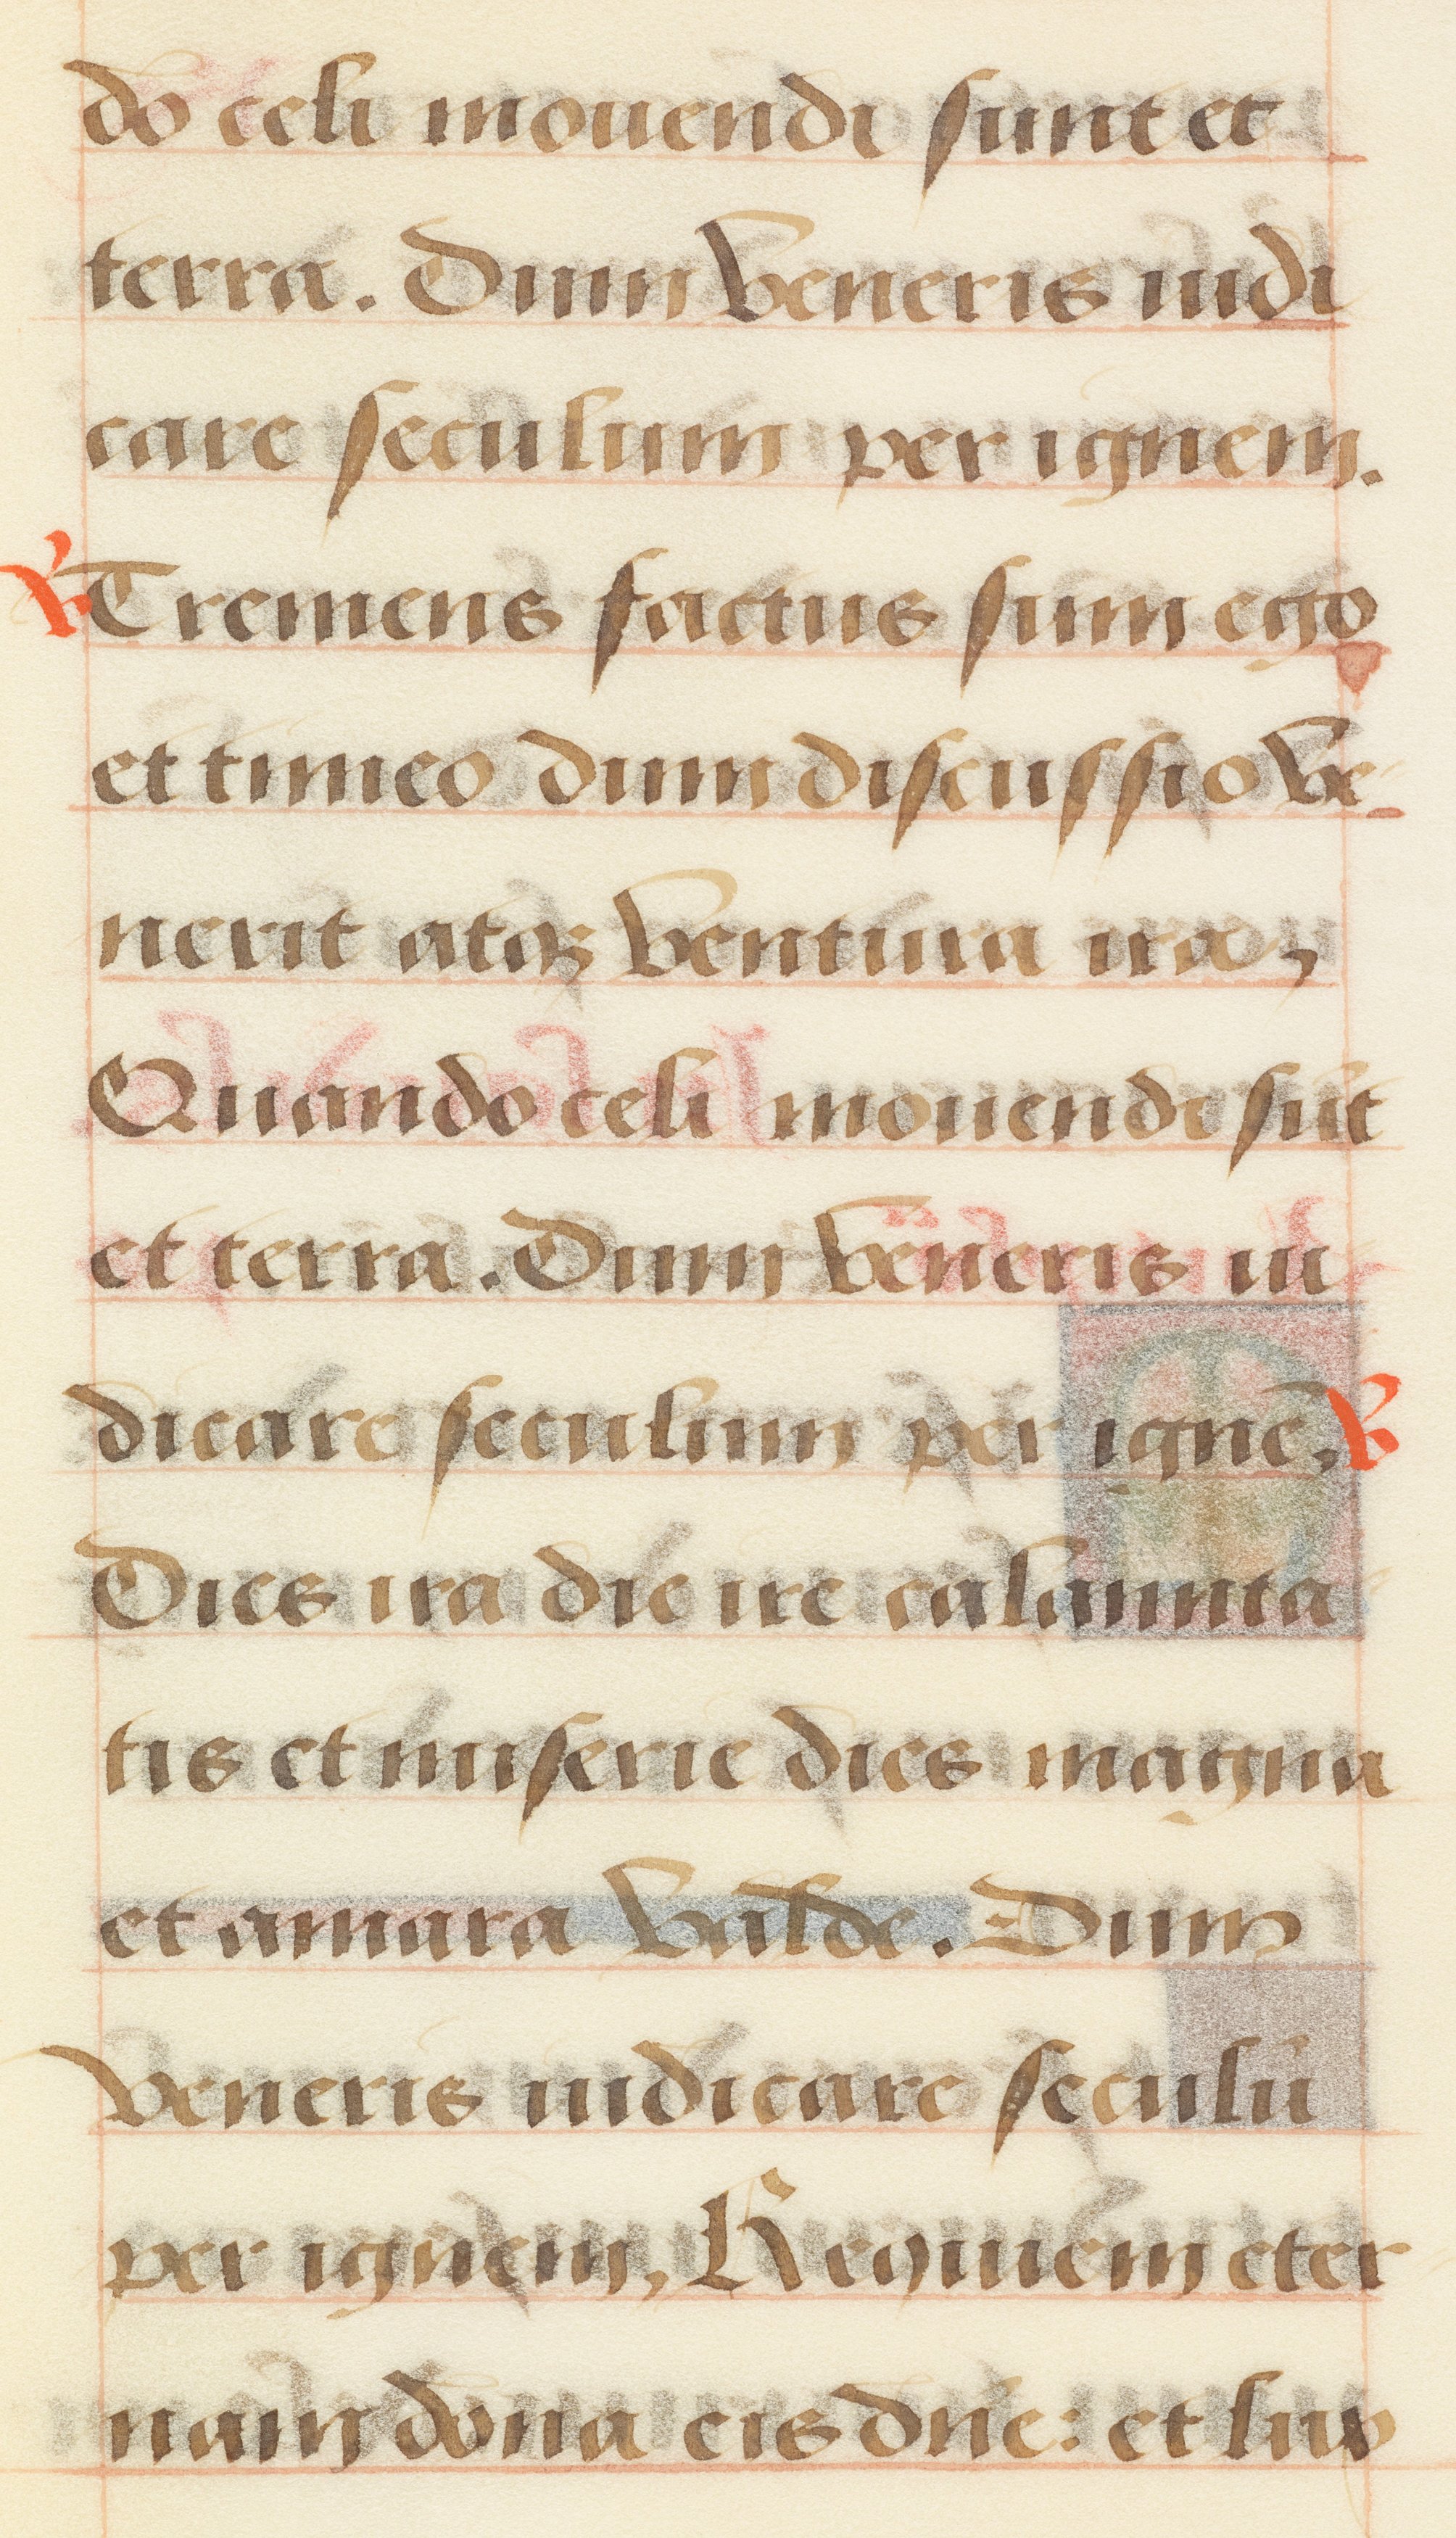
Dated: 1485–1525